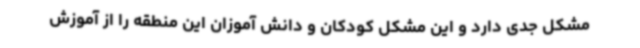
مشکل جدی دارد و این مشکل کودکان و دانش آموزان این منطقه را از آموزش